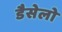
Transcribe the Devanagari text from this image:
डैसेलो